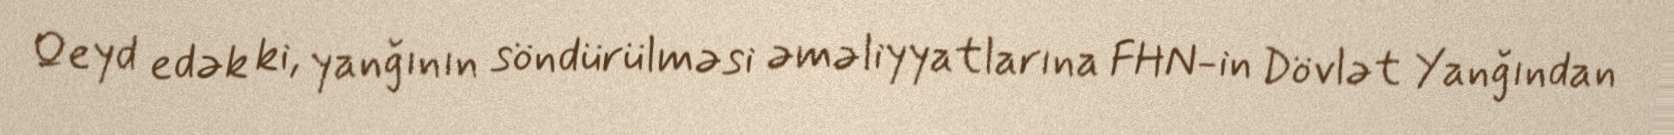
Qeyd edək ki, yanğının söndürülməsi əməliyyatlarına FHN-in Dövlət Yanğından